Civil Veterinary Department Bihar & Orissa reports 1922-29 - 1922-1929
Year: 1922
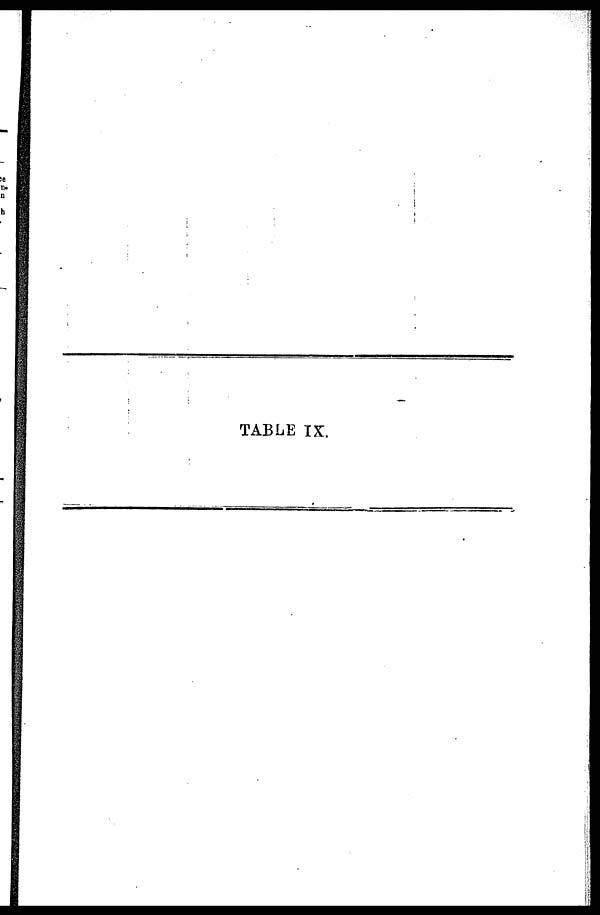
TABLE IX.